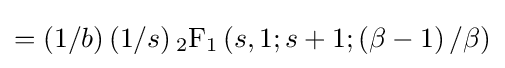
=\left(1/b\right)\left(1/s\right){_{2}{\text{F}}_{1}}\left(s,1;s+1;\left(\beta -1\right)/\beta \right)